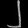
Digit: ၂